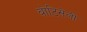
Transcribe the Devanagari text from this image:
बोटिसेली